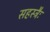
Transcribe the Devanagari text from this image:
सहस्त्रैः